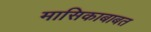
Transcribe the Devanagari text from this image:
मासिकाबाबत